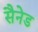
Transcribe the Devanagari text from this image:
सैनेड